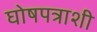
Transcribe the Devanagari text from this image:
घोषपत्राशी